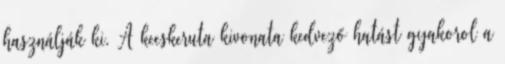
használják ki. A kecskeruta kivonata kedvező hatást gyakorol a